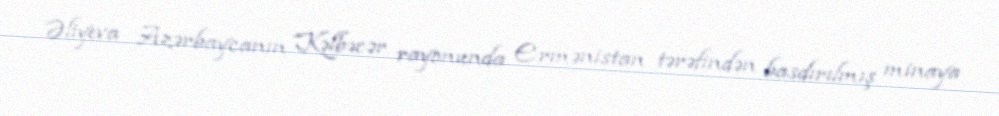
Əliyeva Azərbaycanın Kəlbəcər rayonunda Ermənistan tərəfindən basdırılmış minaya